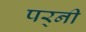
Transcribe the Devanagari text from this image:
पर्‍नी